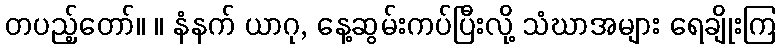
တပည့်တော်။ ။ နံနက် ယာဂု, နေ့ဆွမ်းကပ်ပြီးလို့ သံဃာအများ ရေချိုးကြ